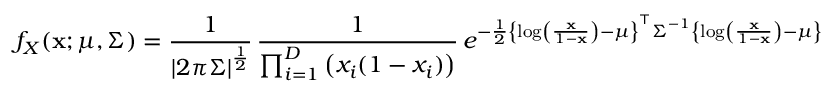
f _ { X } ( \mathbf { x } ; { \boldsymbol { \mu } } , { \boldsymbol { \Sigma } } ) = { \frac { 1 } { | 2 \pi { \boldsymbol { \Sigma } } | ^ { \frac { 1 } { 2 } } } } \, { \frac { 1 } { \prod _ { i = 1 } ^ { D } \left( x _ { i } ( 1 - x _ { i } ) \right) } } \, e ^ { - { \frac { 1 } { 2 } } \left\{ \log \left( { \frac { \mathbf { x } } { 1 - \mathbf { x } } } \right) - { \boldsymbol { \mu } } \right\} ^ { \top } { \boldsymbol { \Sigma } } ^ { - 1 } \left\{ \log \left( { \frac { \mathbf { x } } { 1 - \mathbf { x } } } \right) - { \boldsymbol { \mu } } \right\} }